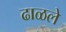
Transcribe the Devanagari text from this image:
ढाळले